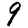
Digit: 9